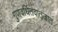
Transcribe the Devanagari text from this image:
गुणवर्धितवातजात